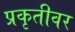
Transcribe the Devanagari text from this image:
प्रकृतीवर